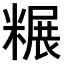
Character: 𫃌